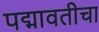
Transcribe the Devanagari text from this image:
पद्मावतीचा